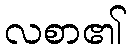
လစာ၏